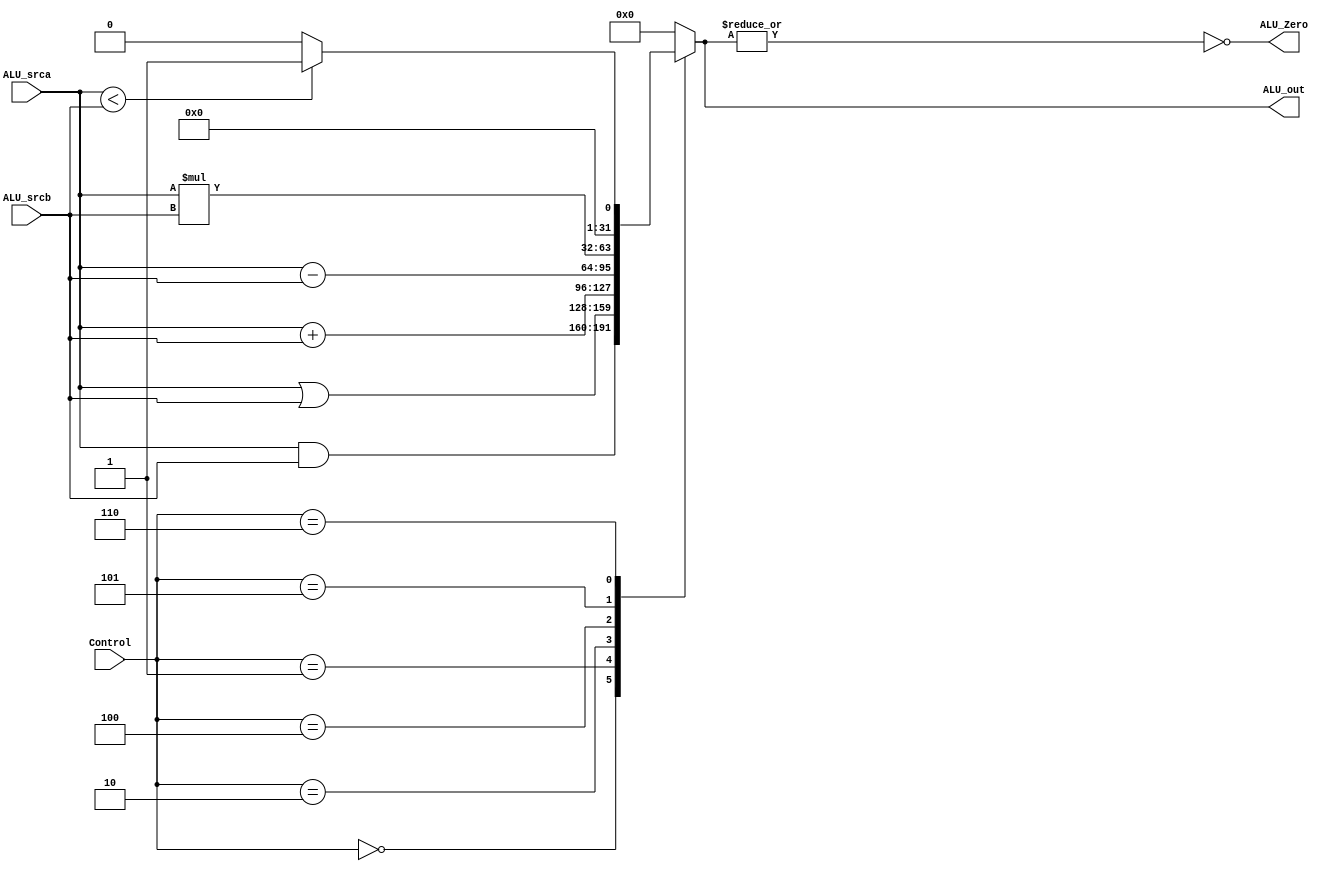
// TYPE: module
// DEPARTMENT: communication and electronics department
// AUTHOR EMAIL: mina.hannaone@gmail.com
//------------------------------------------------
// Release history
// VERSION DATE AUTHOR DESCRIPTION
// 1.0 10/7/2022 Mina Hanna final version
//------------------------------------------------
// KEYWORDS: ALU, arithmetic logic unit, 32 bits alu
//------------------------------------------------
// PURPOSE: ALU for the 32 bit mips\
///////////////defining input and output ports//////////
module ALU #( parameter WIDTH = 32)(
  input    wire    [WIDTH-1:0]    ALU_srca,
  input    wire    [WIDTH-1:0]    ALU_srcb,
  input    wire    [2:0]          Control,
  output   reg     [WIDTH-1:0]    ALU_out,
  output   wire                   ALU_Zero);
  
  ///////////////ALU combinational logic//////////
  always@(*)
  begin
    case(Control)
        3'b000: begin
                 ALU_out = ALU_srca & ALU_srcb;
                end
        3'b001: begin
                 ALU_out = ALU_srca | ALU_srcb;
                end
        3'b010: begin
                 ALU_out = ALU_srca + ALU_srcb;
                end
        3'b100: begin
                 ALU_out = ALU_srca - ALU_srcb;
                end
        3'b101: begin
                 ALU_out = ALU_srca * ALU_srcb;
                end
        3'b110: begin
                 if(ALU_srca < ALU_srcb)
                   begin
                     ALU_out = 'b1;
                   end
                 else
                     ALU_out = 'b0;
                end
        default: begin
                  ALU_out = 'b0;
                end
      endcase
  end

assign ALU_Zero = ~(|ALU_out);
endmodule